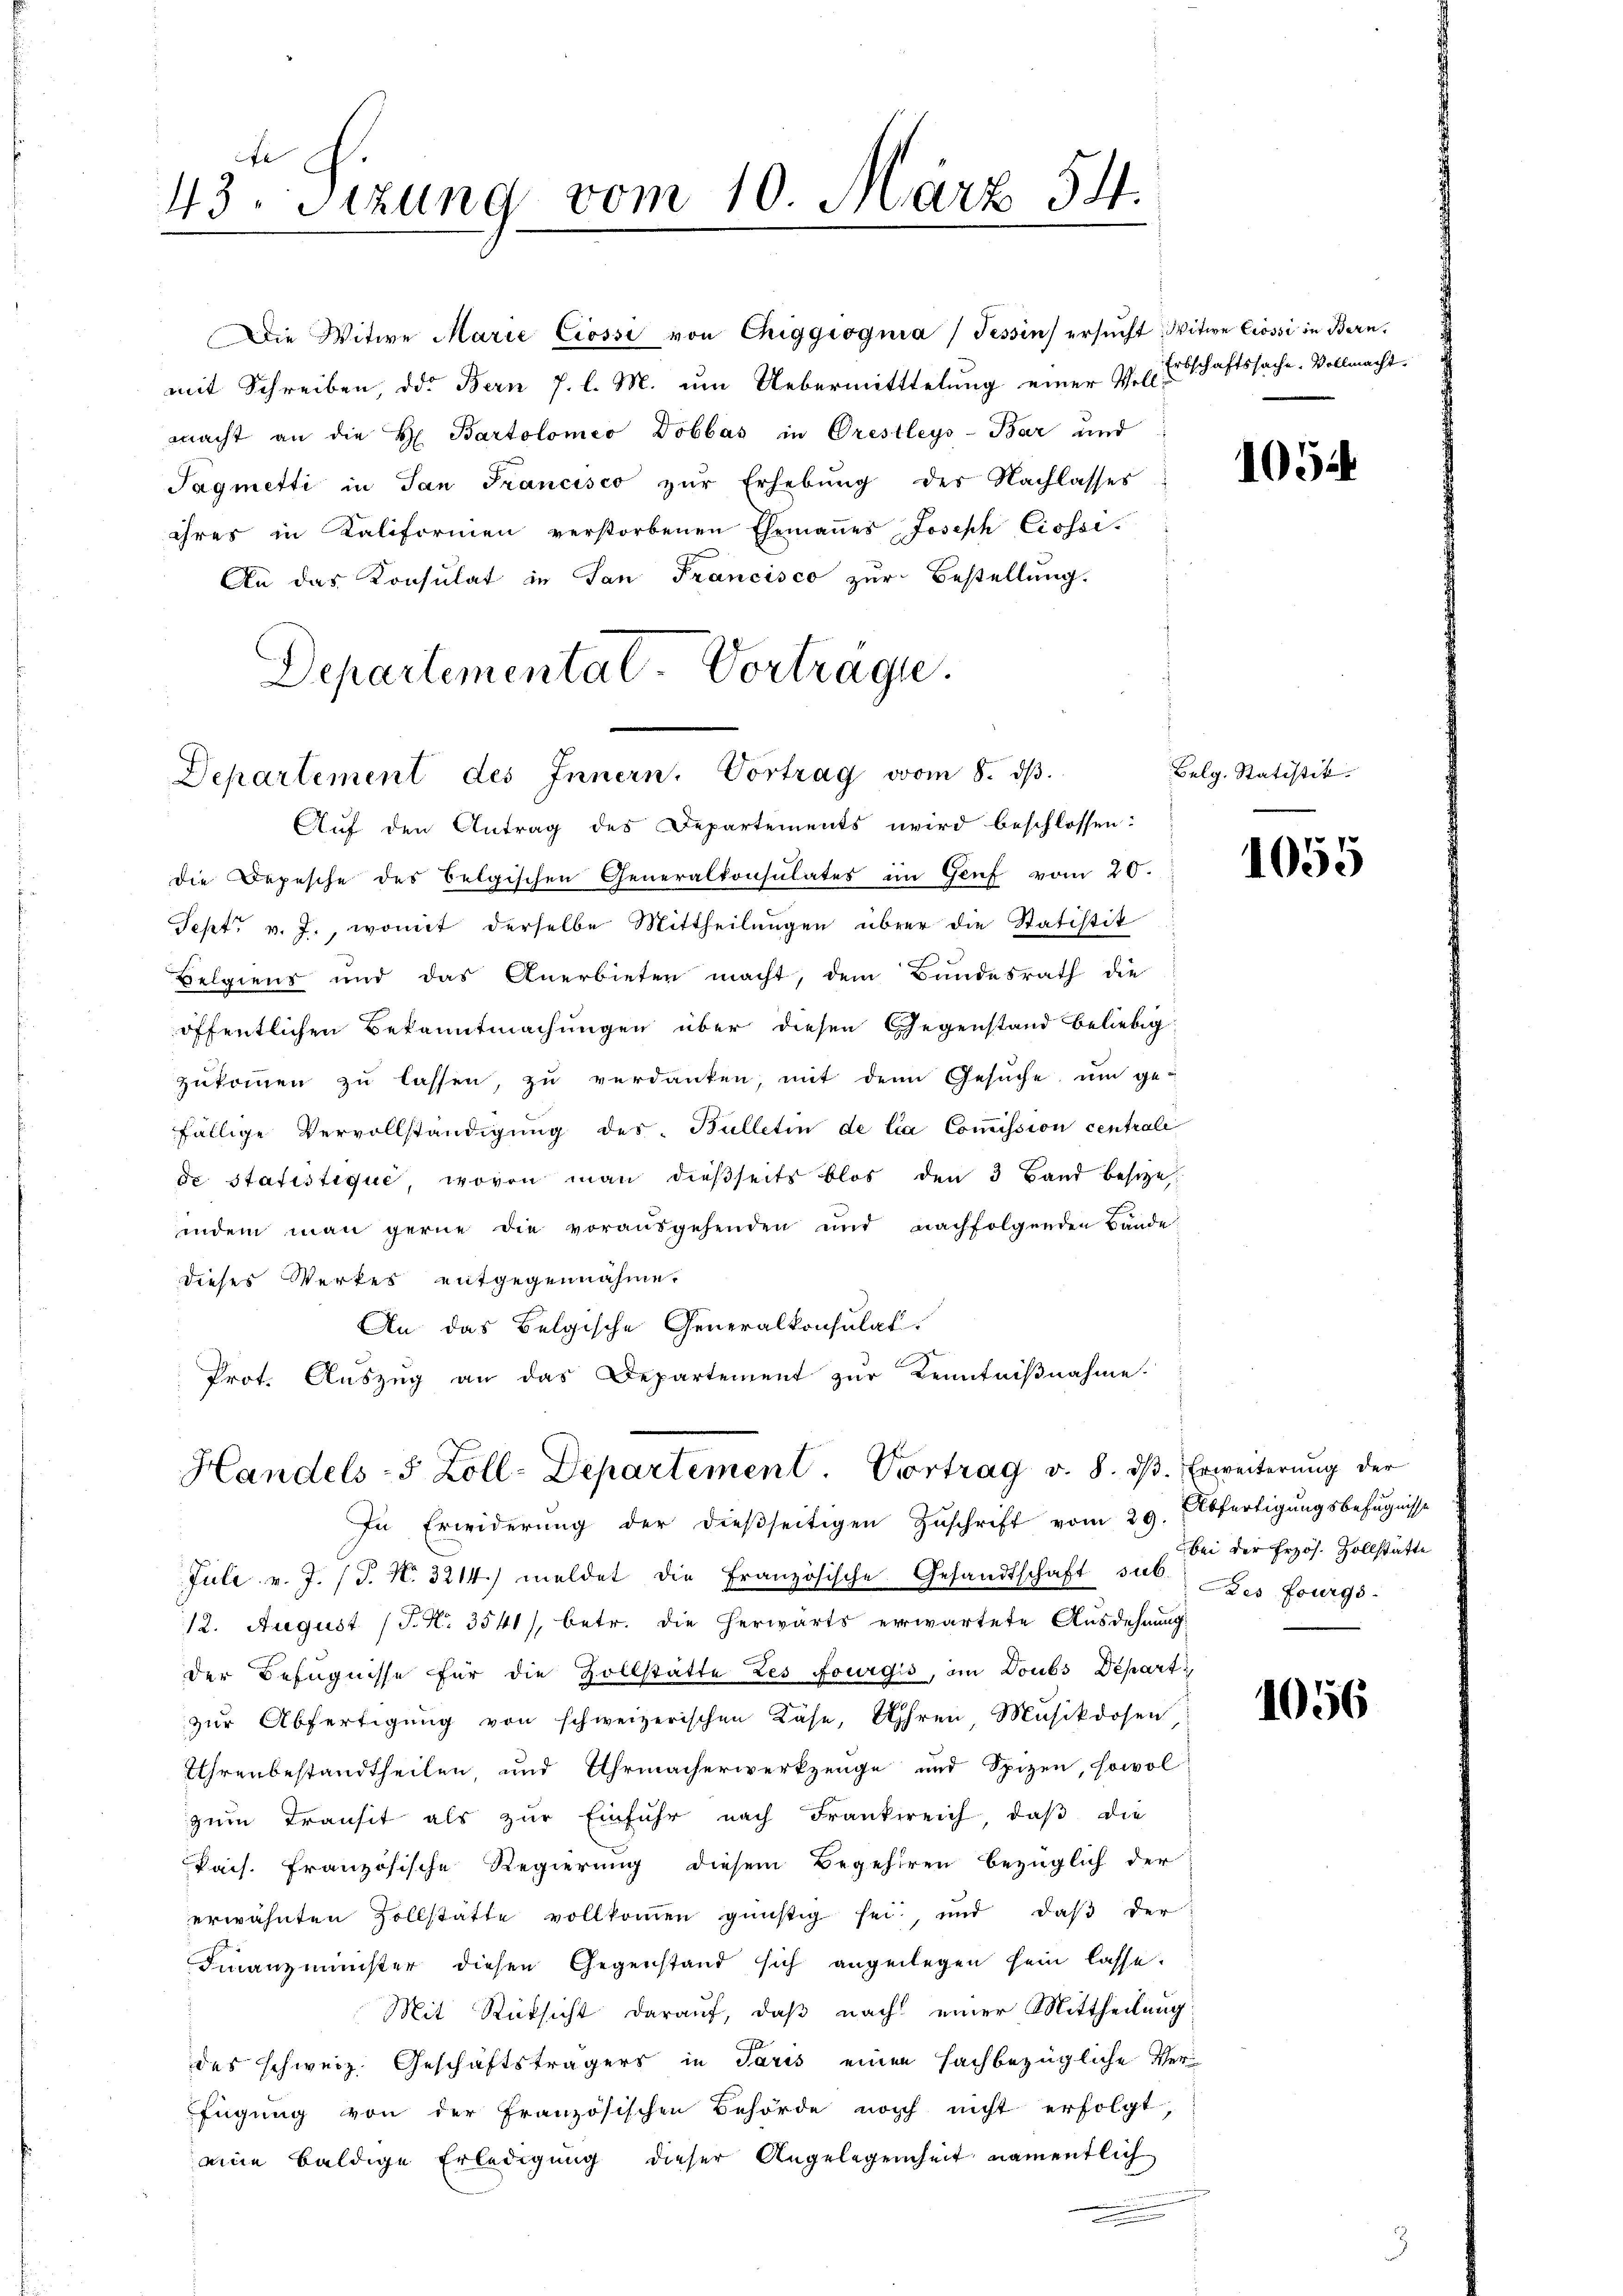
f
43. Sizung vom 10. März 54.

Die Witwe Marie Ciossi von Chiggiognia (Tessin ersŭcht Witwe Crossi in Bern,
mit Schreiben, d. Bern J. l. M. um Uebermitttelung einer V. l. Erbschaftssache. Vollmacht.
macht an die H. Bartolomeo Dobbas in Orestleys-Bar und
Tagmetti in San Francisco zur Erhebung des Nachlasses
ihres in Kaliformen verstorbenen Ehemaṅes Joseph Ciossi-
An das Konsulat in San Francisco zur Bestellung.
Departementat. Vortrage.
Departement des Innern, Vortrag vom 8. dβ.
Auf den Antrag des Departements wird beschlossen:
die Depesche des Belgischen Generalkonsulates im Genf vom 20.
Sept. v. J., womit derselbe Mittheilungen über die Statistik
Belgien und das Anerbieter macht, dem Bundesrath die
öffentlichen Bekanntmachungen über diesen Gegenstand beliebig
zŭkoṁen zŭ lassen, zŭ verdanken, mit dem Gesŭche ŭm ge-
fällige Vervollständigung des Bulletin de lia Commission centrale
de statistique, wovon man dießseits blos den 3 Band besize
indem man gerne die vorausgehenden und nachfolgenden Bände:
dieses Werkes entgegennahme.
An das Belgische Generalkonsulat
Prot. Aŭszŭg an das Departement zŭr Kenntniβnahme.

Juli v. J. J. N. 3214) meldet die Französische Gesandtschaft sel. Des fourgs-
12. August (T. N. 3541/, betr. die herwärts erwartete Ausdehnung
der Befugnisse für die Zollstätte Les fourgis, im Doubs Departi
zŭr Abfertigŭng von schweizerischen Käse, Uhren Musikdosen
Uhrenbestandtheilen, und Uhrmacherwerkzeuge und Spizen, sowol
zum Transit als zur Einfuhr nach Frankreich, daβ die
Pais. Französische Regierung diesem Begehren bezüglich der
erwähnten Zollstatte vollkommen günstig sei, und daβ der
Finanzminister diesen Gegenstand sich angelegen sein lasse.
Mit Rücksicht darauf, daß nach einer Mittheilung
des schweiz. Geschäftsträgers in Paris einen sachbezügliche Ver-
fügung von der Französischen Behörde noch nicht erfolgt
eine baldige Erledigung dieser Angelegenheit namentlich

Handels- 5 Zoll-Departement. Vortrag v. 8. ds. Erweiterung der
In Erwiderŭng der dießseitigen Zŭschrift vom 29. Abfertigŭngsbefugnisse

1054

Belg. Statistik.

1055

bei der Erzös. Zollstatte

1056